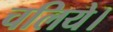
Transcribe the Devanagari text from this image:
चलिये।